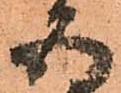
五